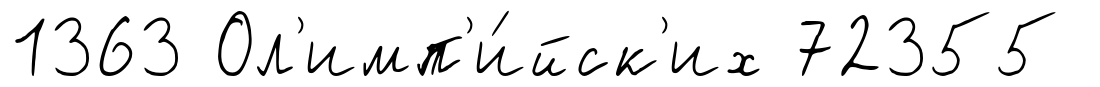
1363 Ол'имп'и́йск'их 72355